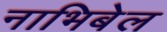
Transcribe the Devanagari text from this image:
नाभिबेल